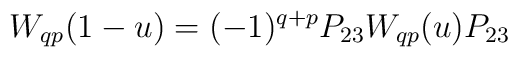
W_{q p} (1-u) = (-1)^{q+p}  P_{23} W_{q p} (u) P_{23}